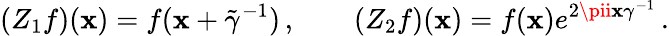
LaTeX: (Z_{1}f)(\mathbf{x})=f(\mathbf{x}+\tilde{{\gamma}}^{-1})\, ,\qquad(Z_{2}f)(\mathbf{x})=f(\mathbf{x})e^{2\pii\mathbf{x}\gamma^{-1}}\, .